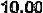
10.00